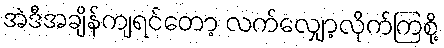
အဲဒီအချိန်ကျရင်တော့ လက်လျှော့လိုက်ကြစို့